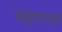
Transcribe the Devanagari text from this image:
क्यूएमएस